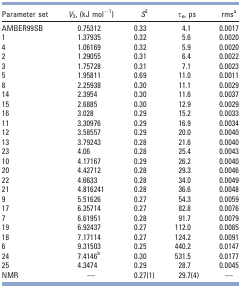
<table><thead><tr><td><b>Parameter set</b></td><td><b><i>V</i><sub>3</sub>, (kJ mol<sup>−1</sup>)</b></td><td><b><i>S</i><sup>2</sup></b></td><td><b>τ<sub><i>e</i></sub>, ps</b></td><td><b>rmsa</b></td></tr></thead><tbody><tr><td>AMBER99SB</td><td>0.75312</td><td>0.33</td><td>4.1</td><td>0.0017</td></tr><tr><td>1</td><td>1.37935</td><td>0.32</td><td>5.6</td><td>0.0020</td></tr><tr><td>4</td><td>1.06169</td><td>0.32</td><td>5.9</td><td>0.0020</td></tr><tr><td>2</td><td>1.29055</td><td>0.31</td><td>6.4</td><td>0.0022</td></tr><tr><td>3</td><td>1.75728</td><td>0.31</td><td>7.1</td><td>0.0023</td></tr><tr><td>5</td><td>1.95811</td><td>0.69</td><td>11.0</td><td>0.0011</td></tr><tr><td>8</td><td>2.25938</td><td>0.30</td><td>11.1</td><td>0.0029</td></tr><tr><td>14</td><td>2.3954</td><td>0.30</td><td>11.6</td><td>0.0037</td></tr><tr><td>15</td><td>2.6885</td><td>0.30</td><td>12.9</td><td>0.0029</td></tr><tr><td>16</td><td>3.028</td><td>0.29</td><td>15.2</td><td>0.0033</td></tr><tr><td>11</td><td>3.30976</td><td>0.29</td><td>16.9</td><td>0.0034</td></tr><tr><td>12</td><td>3.58557</td><td>0.29</td><td>20.0</td><td>0.0040</td></tr><tr><td>13</td><td>3.79243</td><td>0.28</td><td>21.6</td><td>0.0040</td></tr><tr><td>23</td><td>4.06</td><td>0.28</td><td>25.4</td><td>0.0043</td></tr><tr><td>10</td><td>4.17167</td><td>0.29</td><td>26.2</td><td>0.0040</td></tr><tr><td>20</td><td>4.42712</td><td>0.28</td><td>29.3</td><td>0.0046</td></tr><tr><td>22</td><td>4.6633</td><td>0.28</td><td>34.0</td><td>0.0049</td></tr><tr><td>21</td><td>4.816241</td><td>0.28</td><td>36.6</td><td>0.0048</td></tr><tr><td>9</td><td>5.51626</td><td>0.27</td><td>54.3</td><td>0.0059</td></tr><tr><td>17</td><td>6.35714</td><td>0.27</td><td>82.8</td><td>0.0076</td></tr><tr><td>7</td><td>6.61951</td><td>0.28</td><td>91.7</td><td>0.0079</td></tr><tr><td>19</td><td>6.92437</td><td>0.27</td><td>112.0</td><td>0.0085</td></tr><tr><td>18</td><td>7.17114</td><td>0.27</td><td>124.2</td><td>0.0091</td></tr><tr><td>6</td><td>9.31503</td><td>0.25</td><td>440.2</td><td>0.0147</td></tr><tr><td>24</td><td>7.4146b</td><td>0.30</td><td>531.5</td><td>0.0177</td></tr><tr><td>25</td><td>4.3474</td><td>0.29</td><td>28.7</td><td>0.0045</td></tr><tr><td>NMR</td><td>—</td><td>0.27(1)</td><td>29.7(4)</td><td>—</td></tr></tbody></table>